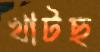
খাটছ